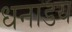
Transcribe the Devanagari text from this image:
धनाडय